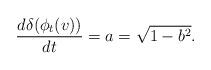
LaTeX: \begin{align*}\frac{d \delta(\phi_t(v))}{dt} = a = \sqrt{1- b^2}.\end{align*}